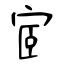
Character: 宧